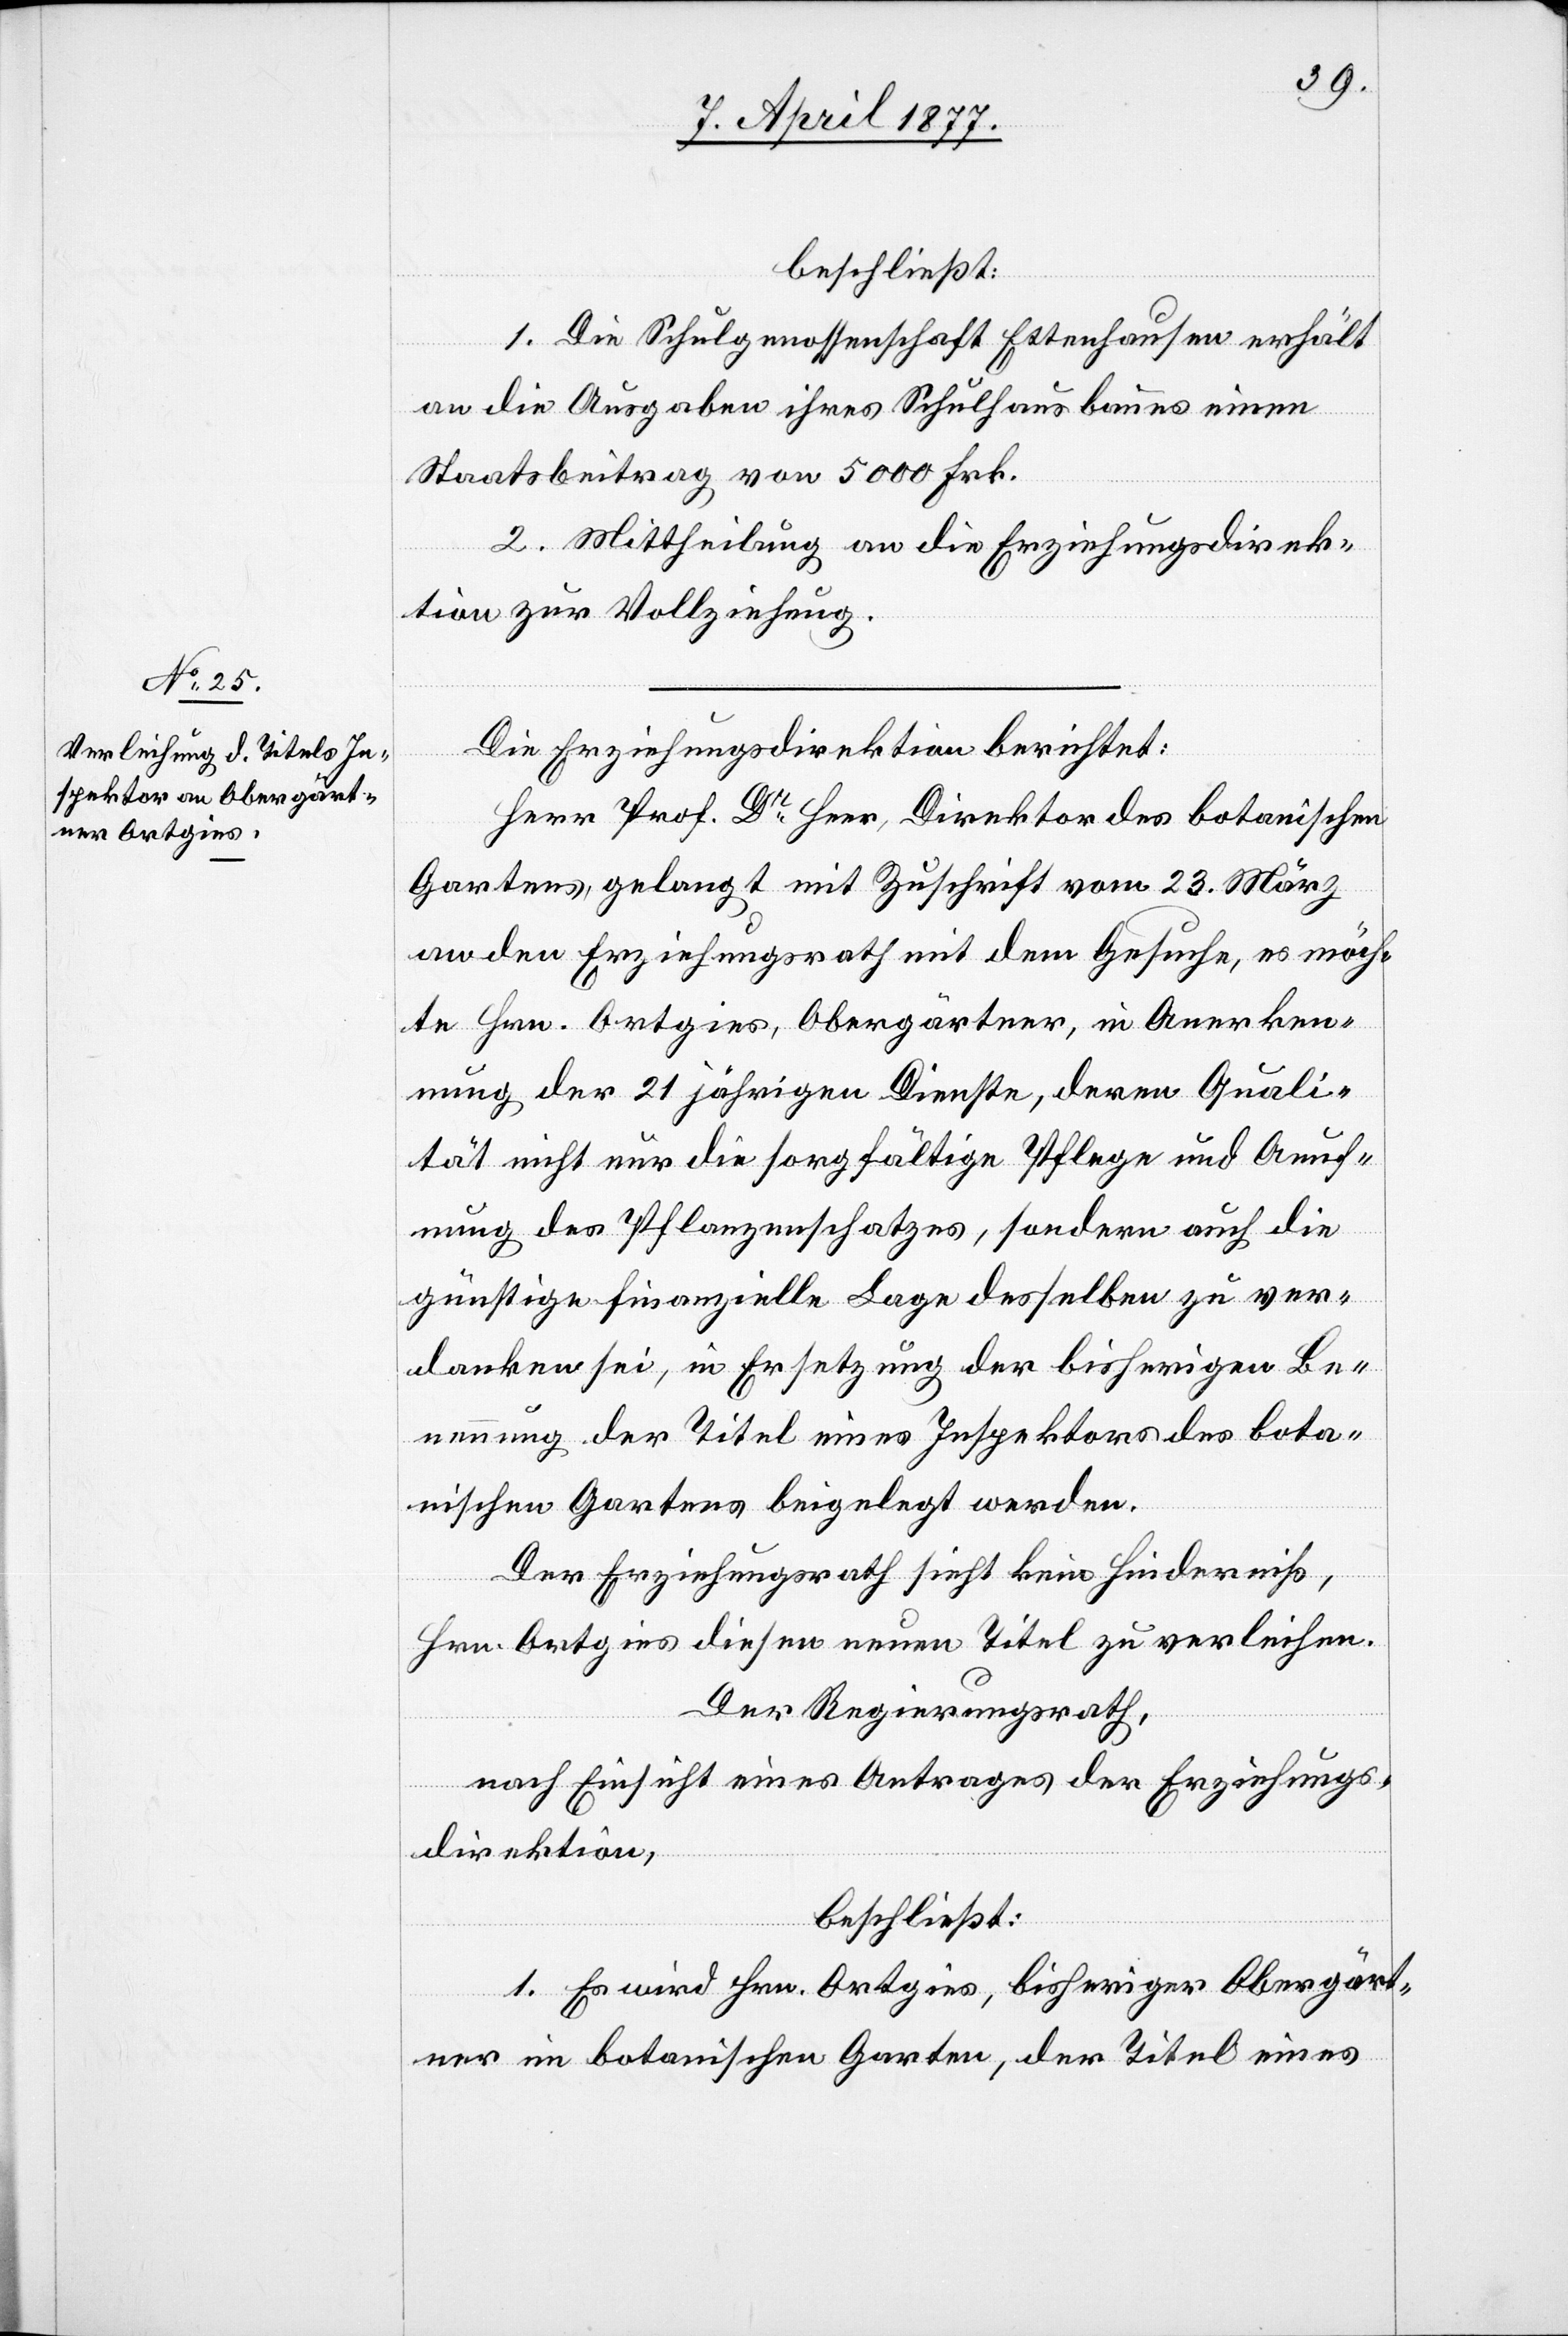
beschließt:
1. Die Schulgenossenschaft Ettenhausen erhält
an die Ausgaben ihres Schulhausbaues einen
Staatsbeitrag von 5000 Frk.
2. Mittheilung an die Erziehungsdirek¬
tion zur Vollziehung.
Die Erziehungsdirektion berichtet:
Herr Prof. Dr Heer, Direktor des botanischen
Gartens, gelangt mit Zuschrift vom 23. März
an den Erziehungsrath mit dem Gesuche, es möch¬
te Hrn. Ortgies, Obergärtner, in Anerken¬
nung der 21 jährigen Dienste, deren Quali¬
tät nicht nur die sorgfältige Pflege und Aeuf¬
nung des Pflanzenschatzes, sondern auch die
günstige finanzielle Lage desselben zu ver¬
danken sei, in Ersetzung der bisherigen Be¬
nennung der Titel eines Inspektors des bota¬
nischen Gartens beigelegt werden.
Der Erziehungsrath sieht kein Hinderniß,
Hrn. Ortgies diesen neuen Titel zu verleihen.
Der Regierungsrath,
nach Einsicht eines Antrages der Erziehungs¬
direktion,
beschließt:
1. Es wird Hrn. Ortgies, bisheriger Obergärt¬
ner im botanischen Garten, der Titel eines